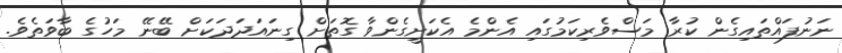
ނަނުފައްތައިގެން ކުރާ މަސްވެރިކަމުގައި އެންމެ އެކަށީގެންވާ ގޮތަށް ގިނައަދަދަކަށް ބޭނޭ މަހުގެ ބާވަތެވެ.